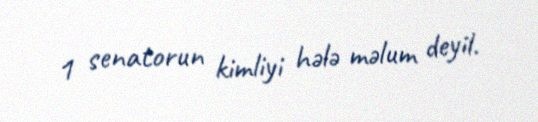
1 senatorun kimliyi hələ məlum deyil.